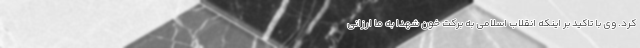
کرد. وی با تاکید بر اینکه انقلاب اسلامی به برکت خون شهدا به ما ارزانی